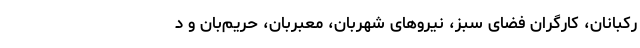
رکبانان، کارگرانِ فضای سبز، نیروهای شهربان، معبربان، حریم‌بان و د